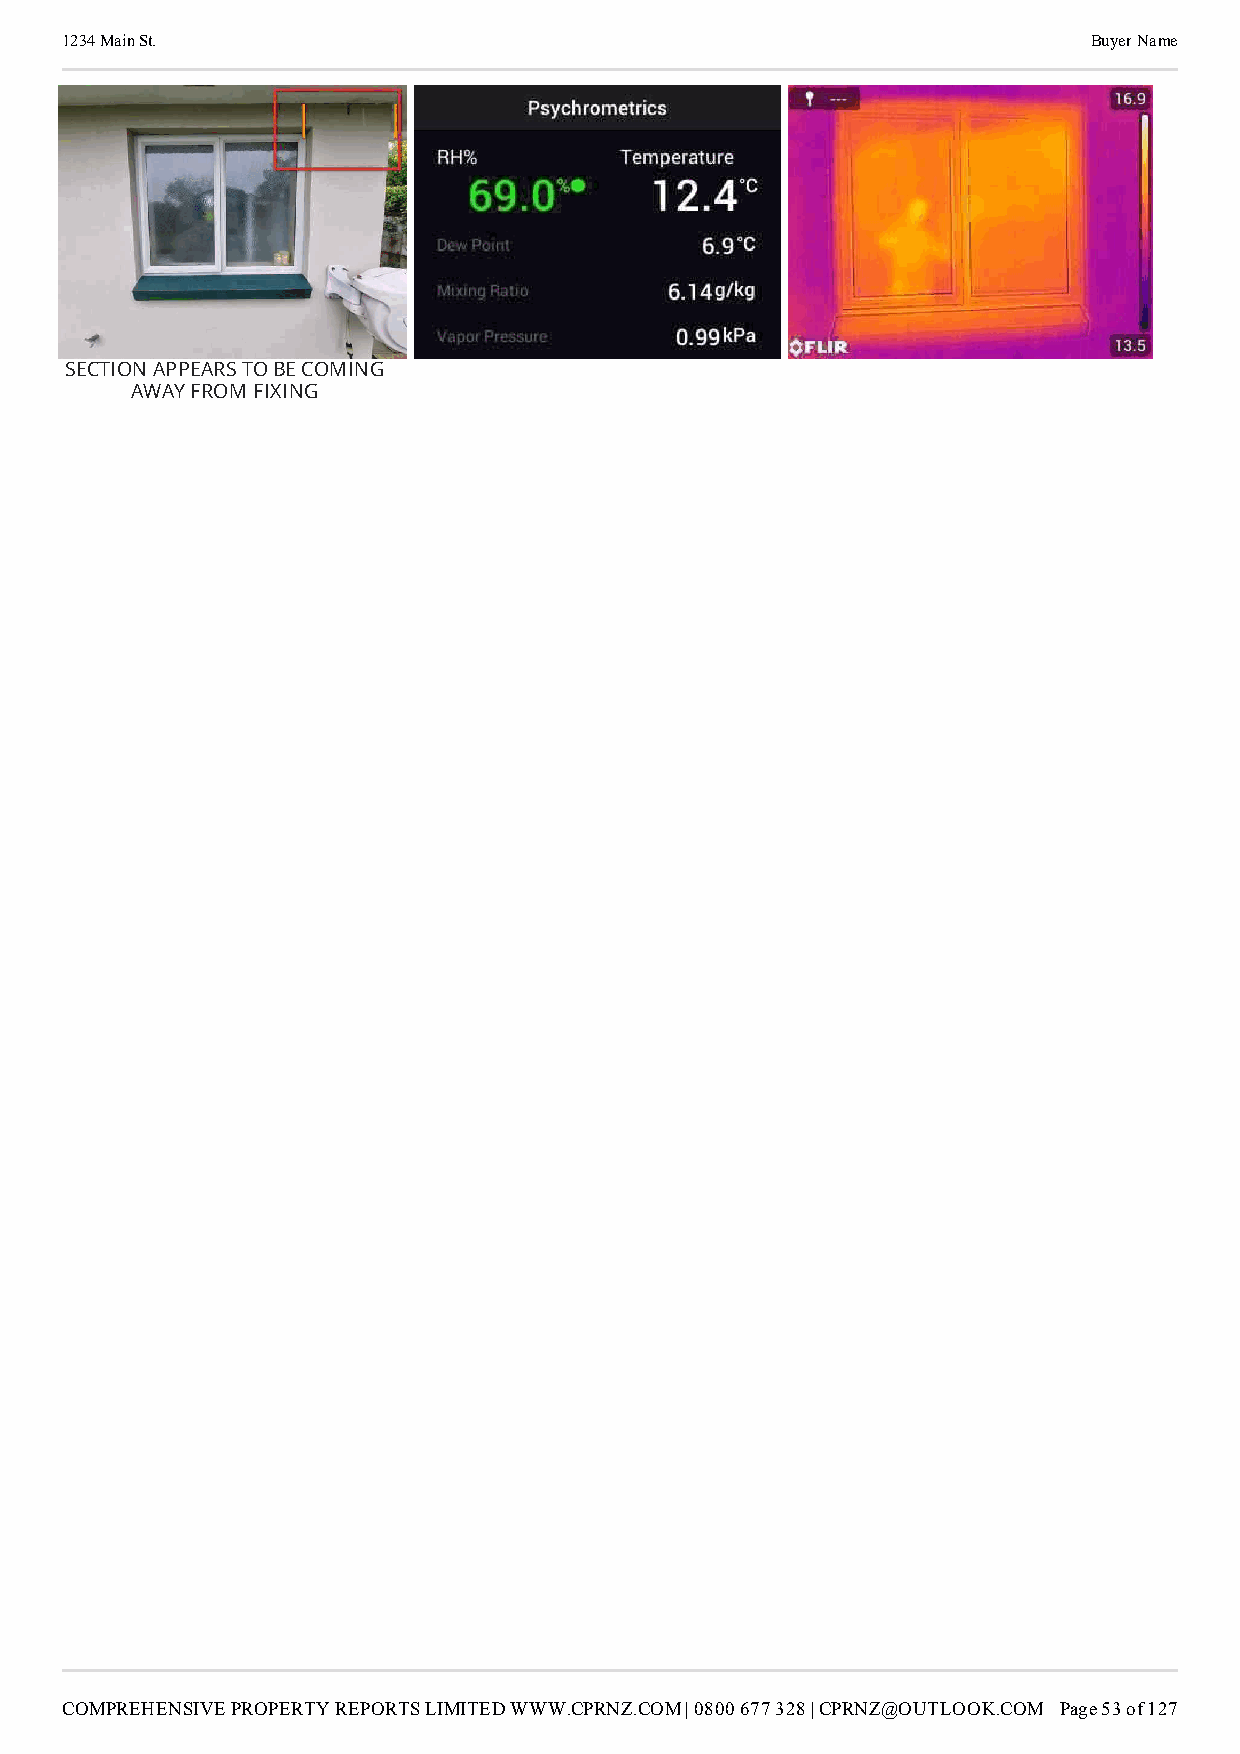
1234 Main St.                                                       Buyer Name
 SECTION APPEARS TO BE COMING
 AWAY FROM FIXING
 COMPREHENSIVE PROPERTY REPORTS LIMITED WWW.CPRNZ.COM | 0800 677 328 | CPRNZ@OUTLOOK.COM Page 53 of 127